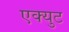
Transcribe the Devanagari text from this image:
एक्युट